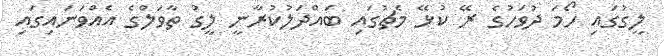
ލީގުގައި ހޯމަ ދުވަހުގެ ރޭ ކުޅޭ މެޗުގައި ބައްދަލުކުރާނީ ލީގު ތާވަލްގެ އެއްވަނައިގައި